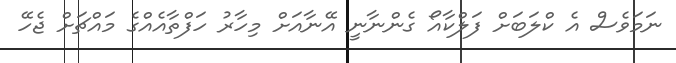
ނަމަވެސް އެ ކްލަބަށް ފަލްކާއޯ ގެންނާނީ އޭނާއަށް މިހާރު ހަފްތާއެއްގެ މައްޗަށް ޖެހޭ